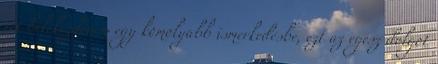
itt belekezdenem egy komolyabb ismerkedésbe, ezt az egész dolgot